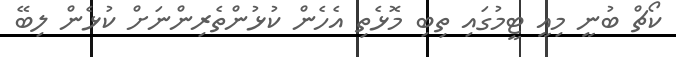
ކޯޗް ބުނީ މިއީ ޓީމުގައި ތިބި މޮޅެތި އެހެން ކުޅުންތެރިންނަށް ކުޅެން ލިބޭ